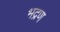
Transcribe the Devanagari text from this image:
भद्रण